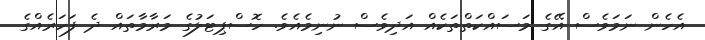
އެހެން ނަމަވެސް އޭގެ މަސައްކަތްތަކެއް އަދިވެސް ނުނިމެއެވެ. ހޮސްޕިޓަލުގެ މަރާމާތައް ދެ ފަހަރެއްގެ